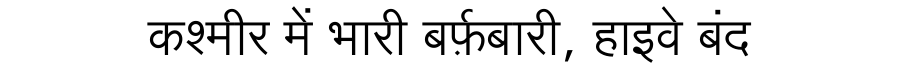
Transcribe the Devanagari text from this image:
कश्मीर में भारी बर्फ़बारी, हाइवे बंद